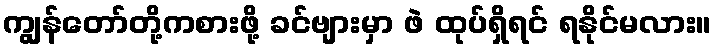
ကျွန်တော်တို့ကစားဖို့ ခင်ဗျားမှာ ဖဲ ထုပ်ရှိရင် ရနိုင်မလား။